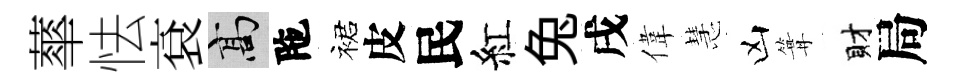
蕐怯袞高陁裙皮民紅兔戌偉慧凶篝財局